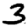
Digit: 3